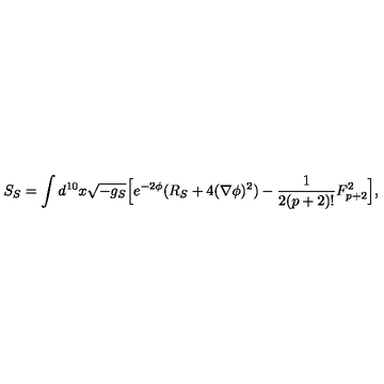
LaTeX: S _ { S } = \int d ^ { 1 0 } x \sqrt { - g _ { S } } \Big [ e ^ { - 2 \phi } ( R _ { S } + 4 ( \nabla \phi ) ^ { 2 } ) - { \frac { 1 } { 2 ( p + 2 ) ! } } F _ { p + 2 } ^ { 2 } \Big ] ,